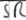
Text: SR